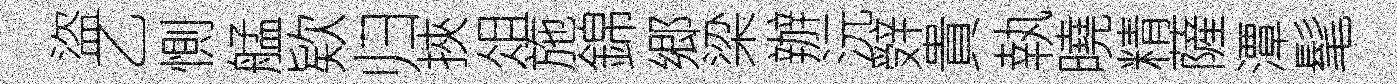
盜乙惻艋欵归挾俎施錦郷梁辦沅辤貴執曉精薩潭髦